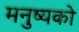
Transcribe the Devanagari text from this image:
मनुष्यको